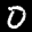
Digit: 0